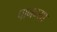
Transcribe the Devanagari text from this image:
पानग्या